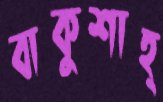
বাকুশাহ্